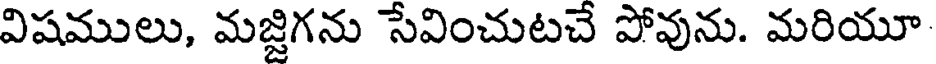
విషములు, మజ్జిగను సేవించుటచే పోవును. మరియూ